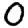
Digit: 0